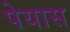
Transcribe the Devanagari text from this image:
पेयास